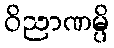
ဝိညာဏမ္ပိ